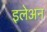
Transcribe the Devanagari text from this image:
इलेअन